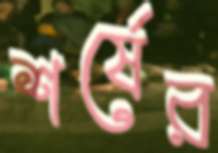
শর্ষের